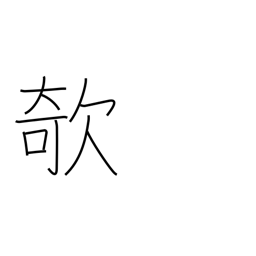
Meaning: prick up (one's ears)